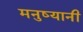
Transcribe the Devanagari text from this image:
मनुष्यानी